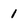
Character: 1